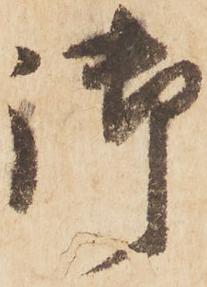
御